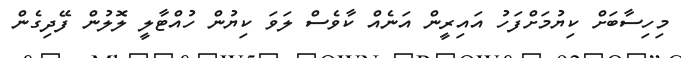
މިހިސާބަށް ކިޔުމަށްފަހު އައިރީން އަނެއް ކާވެސް ލަވަ ކިޔުން ހުއްޓާލީ ލޮލުން ފޭދިގެން